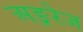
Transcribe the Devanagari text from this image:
अङ्ररेज